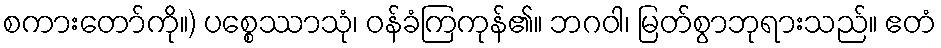
စကားတော်ကို။) ပစ္စေဿာသုံ၊ ဝန်ခံကြကုန်၏။ ဘဂဝါ၊ မြတ်စွာဘုရားသည်။ ဧတံ